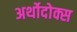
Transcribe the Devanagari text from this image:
अर्थोदोक्स